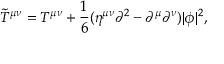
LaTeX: { \tilde { T } } ^ { \mu \nu } = T ^ { \mu \nu } + { \frac { 1 } { 6 } } ( \eta ^ { \mu \nu } \partial ^ { 2 } - \partial ^ { \mu } \partial ^ { \nu } ) | \phi | ^ { 2 } ,